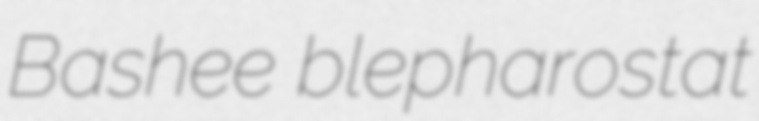
Bashee blepharostat